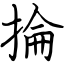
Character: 掄